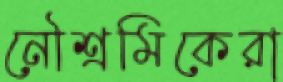
নৌশ্রমিকেরা